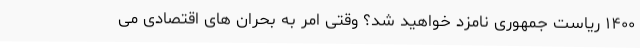
۱۴۰۰ ریاست جمهوری نامزد خواهید شد؟ وقتی امر به بحران های اقتصادی می